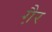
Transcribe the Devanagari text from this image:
गै़र